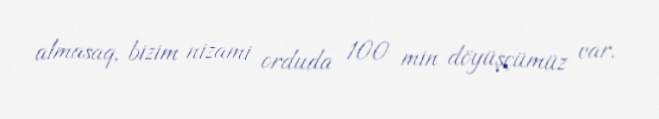
almasaq, bizim nizami orduda 100 min döyüşçümüz var.